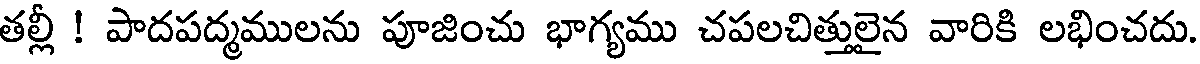
తల్లీ ! పాదపద్మములను పూజించు భాగ్యము చపలచిత్తులైన వారికి లభించదు.